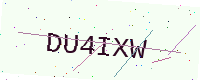
Text: DU4IXW